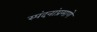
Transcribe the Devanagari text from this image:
स्पंदनांप्रमाणे